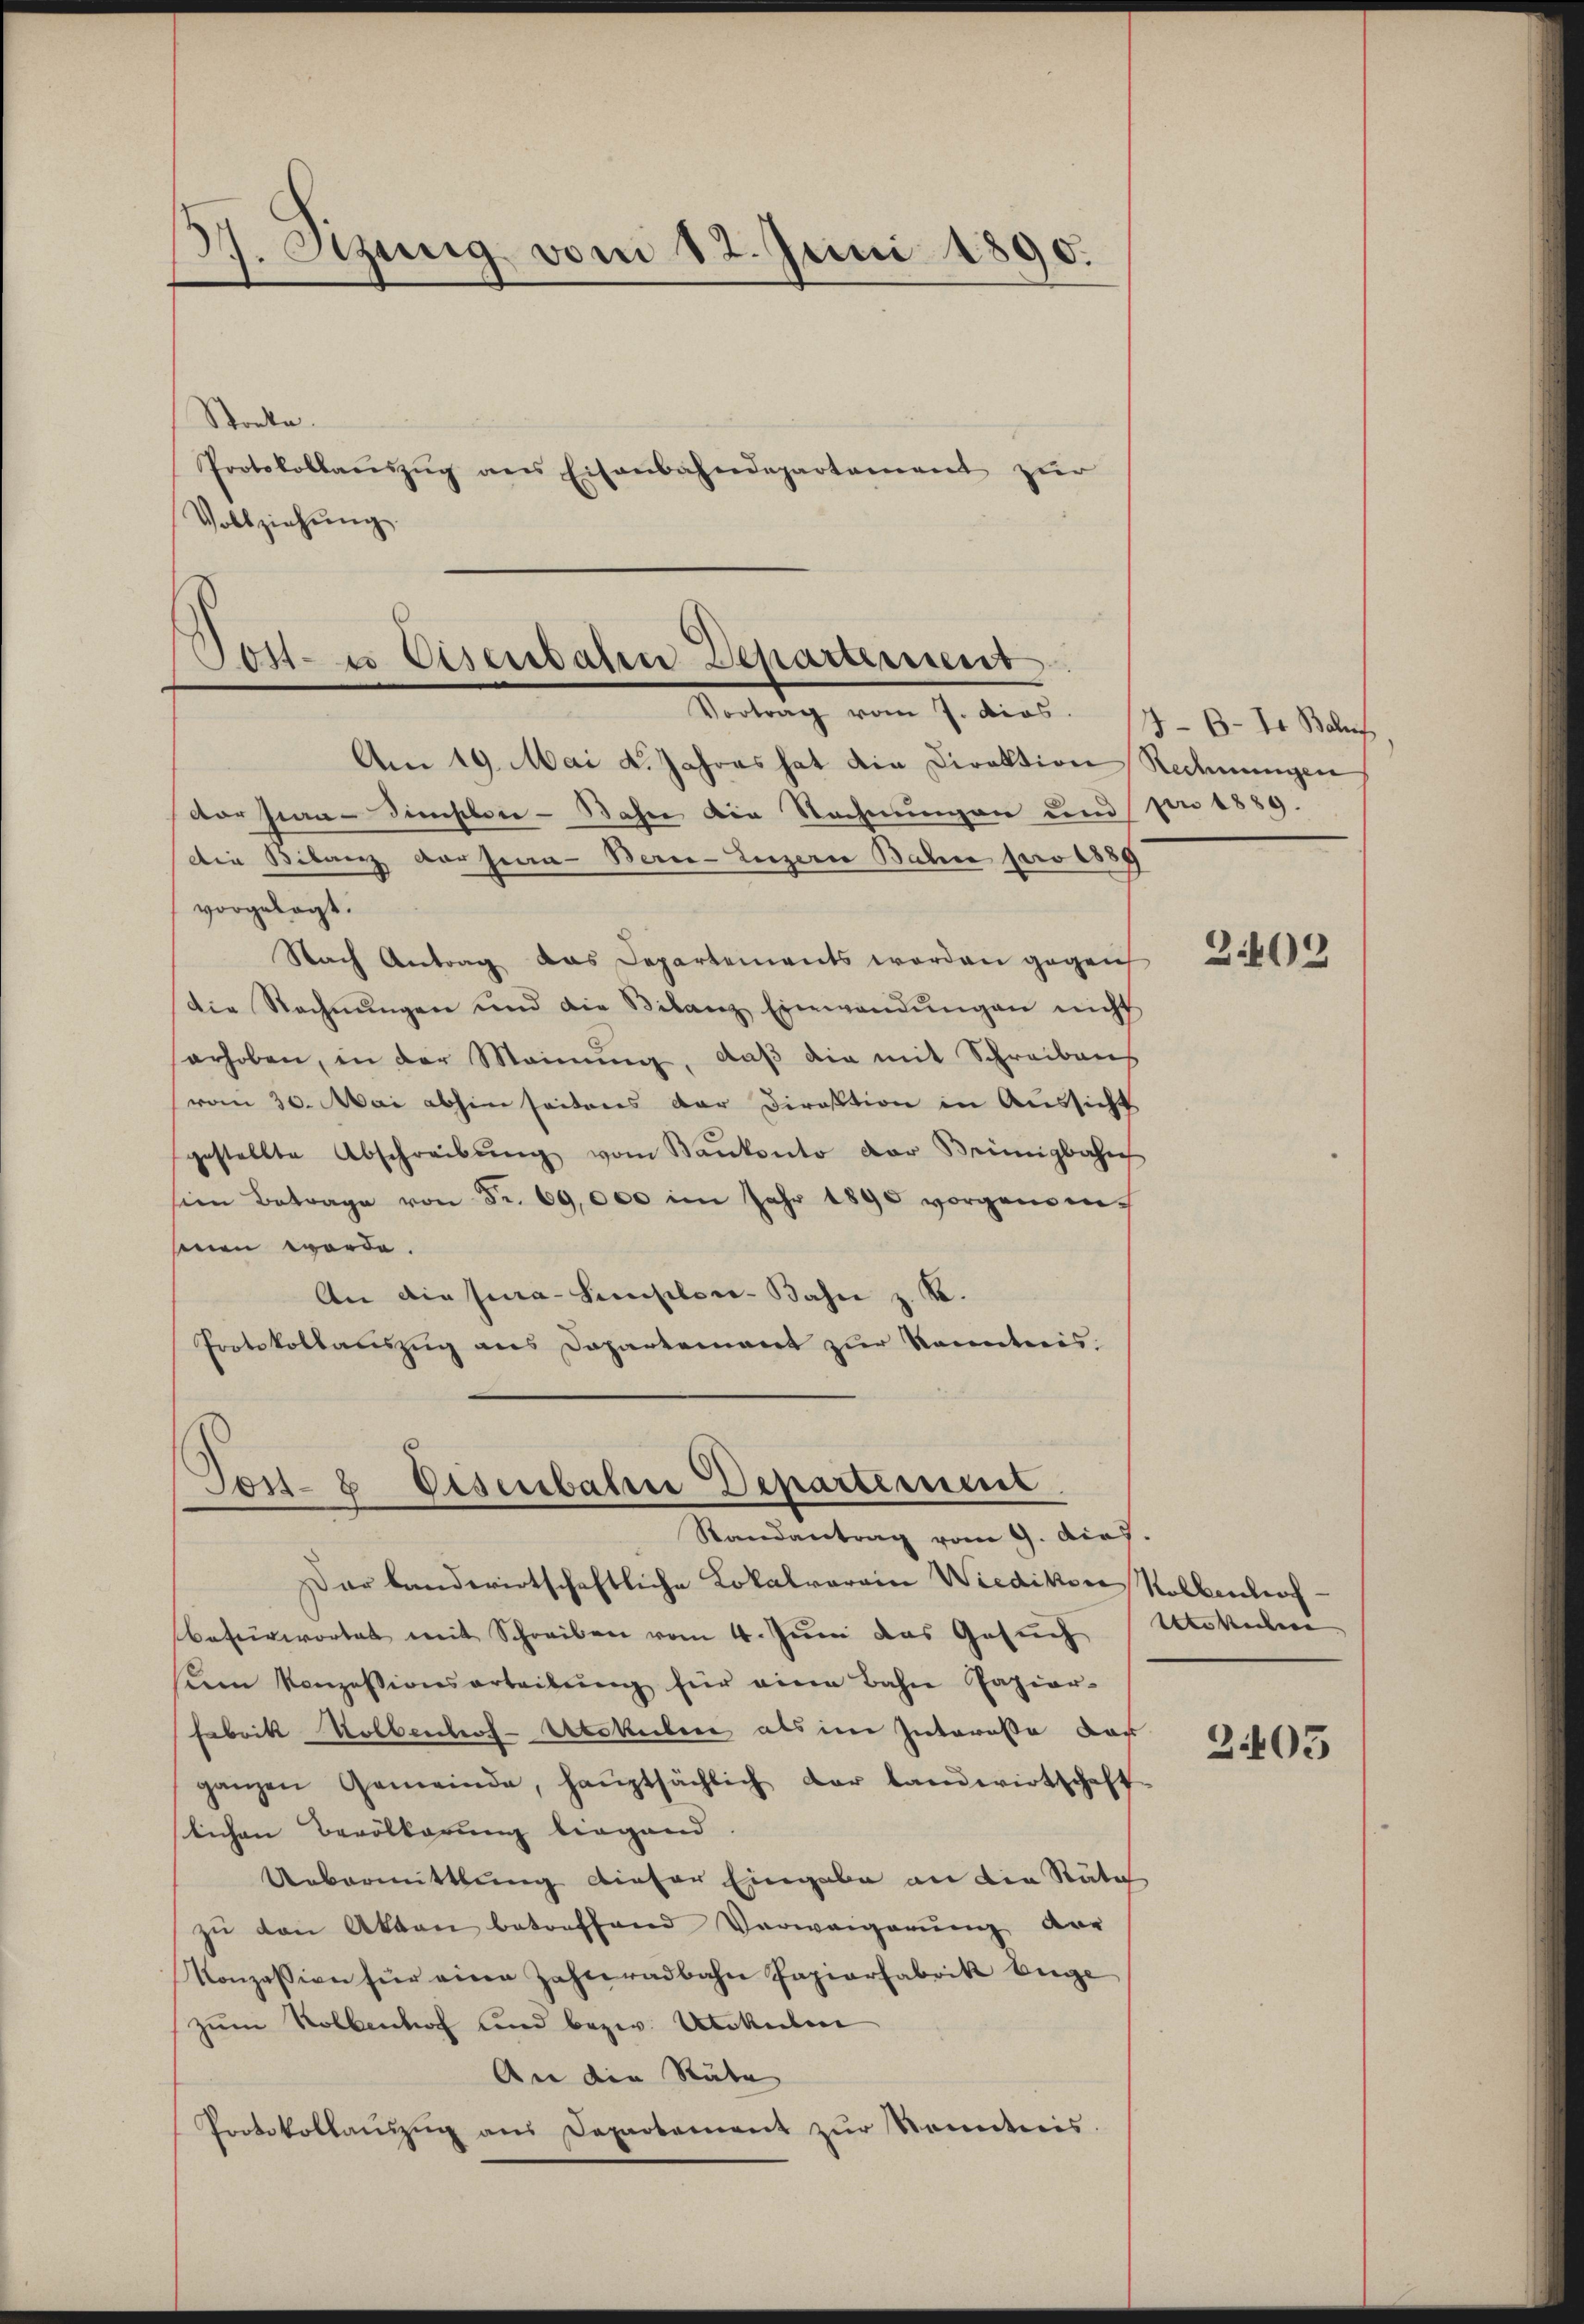
J. Sitzung vom 12. Juni 1890.
Stocke.
Protokollanszŭg ans Eisenbahndepartement zur
Vollziehung

Tost- u Eisenbalen Departement
Vortrag vom 7. dies. 177. B. In Behuf

Am 19. Mai d. Jahres hat die Direktion Rechnungen
dor Pian-Zinsler-Bahn die Rechnungen und pro 1889.
Die Bilanz der fran- Berne-Luzern Bahn pro 1889
vorgelegt.
Nach Antrag das Departements worden gegen
Die Rechnŭngen und die Bilanz Einwendŭngen nicht
erhoben, in der Meinung, daß die mit Schreibens
vom 30. Mai abhin seitens der Direktion in Aussicht
gestellte Abschreibŭng vom Baŭkonto der Beinigbahn
sien Betrage von Fr. 69,000 im Jahr 1890 vorgenomsenen werde.
An die Jura-Simpler-Bahn z. B.
Protokollauszug aus Departement zur Kenntnis.

Post- & Eisenbahn Departement
Randantrag vom 9. dies

Dar landwirtschaftliche Lokalverein Wiedikon Sollenhofbefürwortet mit Schreiben vom 4. Juni das Gesuch Mokuli
sim Konzessionsarteilŭng für eine Bahn Papier-
Fabrik Hobbenhof-Ubokuiber als im Intereße dar
ganzen Gemeinde, haŭptsächlich der Landwirtschaft-
lichen Bevölkerung liegend
Uebermittlung dieser Eingabe an die Räte
zŭ den Akten betreffend Verweigerŭng der
Konzession für eine Zahleradbahn Papierfabrik bege
zum Rollenhof und bezw. Utcküber
An die Räte
Protokollaŭszŭg ans Departement zŭr Kenntnis.

2409

2405